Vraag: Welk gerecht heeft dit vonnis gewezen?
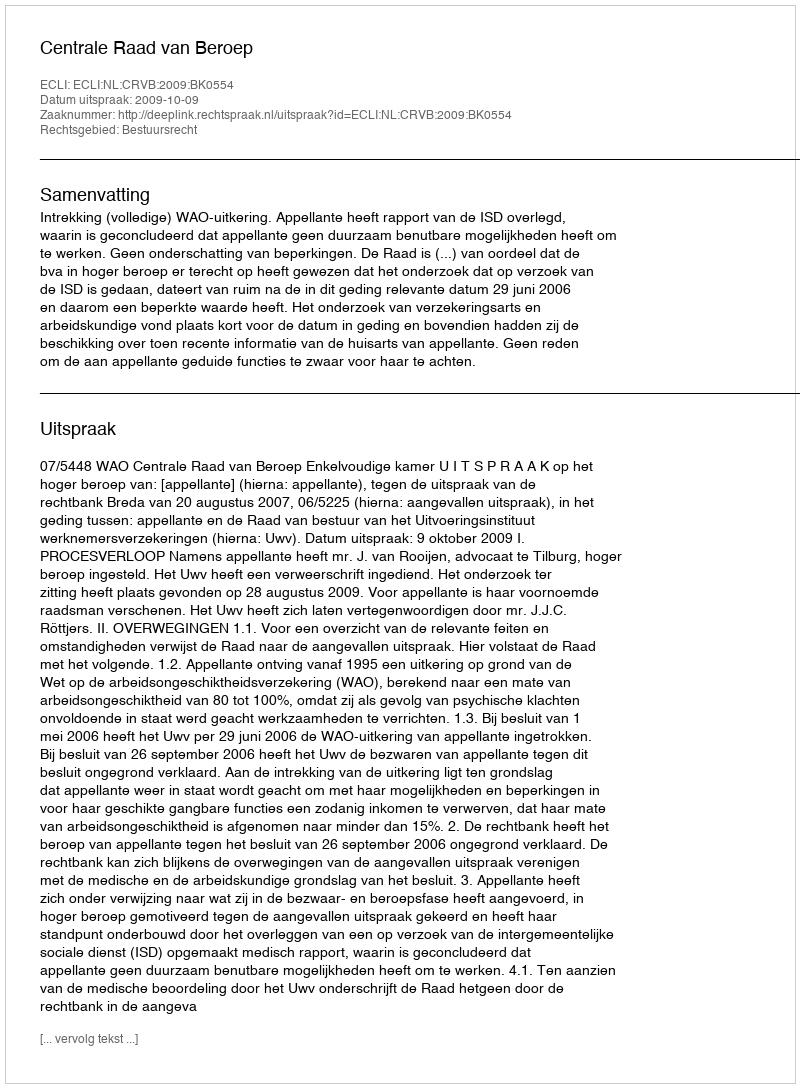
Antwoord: Centrale Raad van Beroep